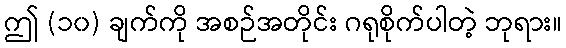
ဤ (၁၀) ချက်ကို အစဉ်အတိုင်း ဂရုစိုက်ပါတဲ့ ဘုရား။